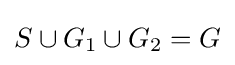
S\cup G_{1}\cup G_{2}=G